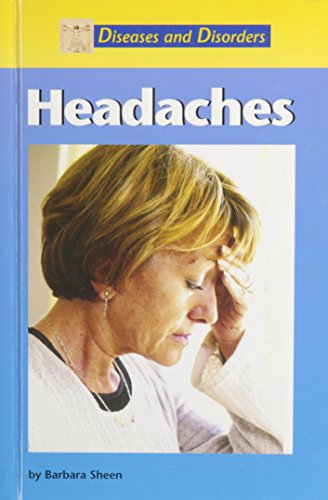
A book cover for Headaches (Diseases and Disorders); Barbara Sheen; Health, Fitness & Dieting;